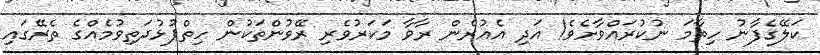
ކަލޭގެފާނު ހިތާމަ ނުކުރައްވާށެވެ! އަދި އެއުރެން ރާވާ މަކަރުވެރި ރޭވުންތަކުން ހިތްޕުޅުދަތިވުމެއްގެ ތެރޭގައި